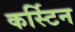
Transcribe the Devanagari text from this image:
कर्स्टिन